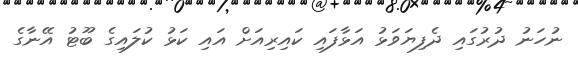
ނުހަނު ދުރުގައި ދެފިޔަވަޅު އަޅާފައި ކައިރިއަށް އައި ކަޅު ކުލައިގެ ބޫޓު އޭނާގެ